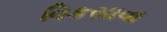
વિકસાવા